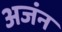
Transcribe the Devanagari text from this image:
अजंन